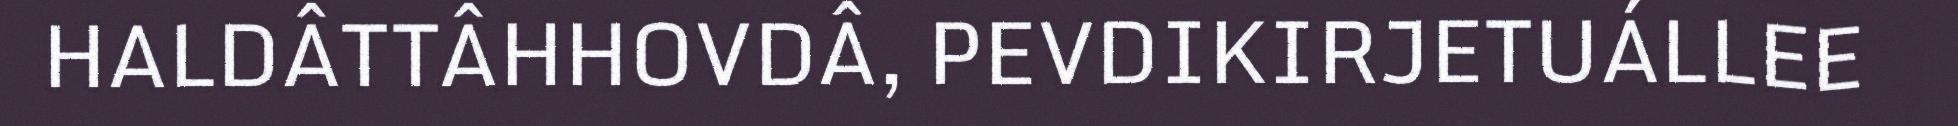
HALDÂTTÂHHOVDÂ, PEVDIKIRJETUÁLLEE